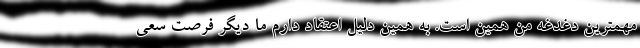
مهمترین دغدغه من همین است. به همین دلیل اعتقاد دارم ما دیگر فرصت سعی